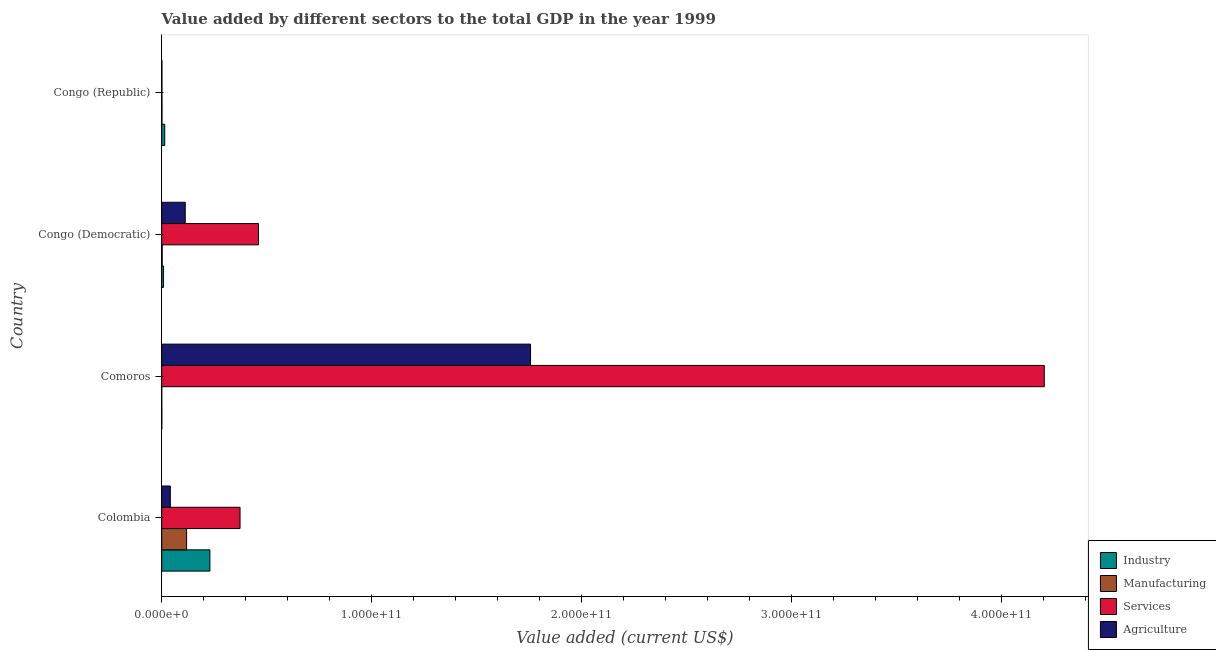
| Country | Industry | Manufacturing | Services | Agriculture |
 | --- | --- | --- | --- | --- |
 | Colombia | 2.3e+10 | 1.19e+10 | 3.73e+10 | 4.1e+09 |
 | Comoros | 2.66e+07 | 9.27e+06 | 4.21e+11 | 1.76e+11 |
 | Congo (Democratic) | 8.82e+08 | 2.36e+08 | 4.61e+10 | 1.12e+10 |
 | Congo (Republic) | 1.44e+09 | 1.29e+08 | 1.05e+08 | 9.11e+07 |